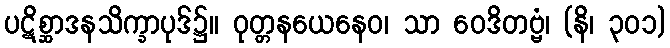
ပဋိစ္ဆာဒနသိက္ခာပုဒ်၌။ ဝုတ္တနယေနေဝ၊ သာ ဝေဒိတဗ္ဗံ၊ (နိ၊ ၃၀၁)